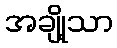
အချို့သာ